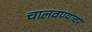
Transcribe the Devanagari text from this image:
चालवण्यावर